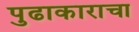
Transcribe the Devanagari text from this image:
पुढाकाराचा